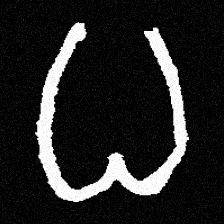
Pyu character \u2014 Myanmar letter: ဓ (romanized: dha)